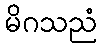
မိဂသညံ